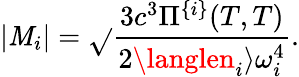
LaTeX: |\mathit{M}_{i}|=\sqrt{}{{\frac{{3c^{3}\Pi^{\{ i\} }(T,T)}}{{2\langlen_{i}\rangle\omega_{i}^{4}}}}}.